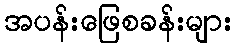
အပန်းဖြေစခန်းများ